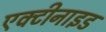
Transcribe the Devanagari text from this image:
एक्टीनाइड